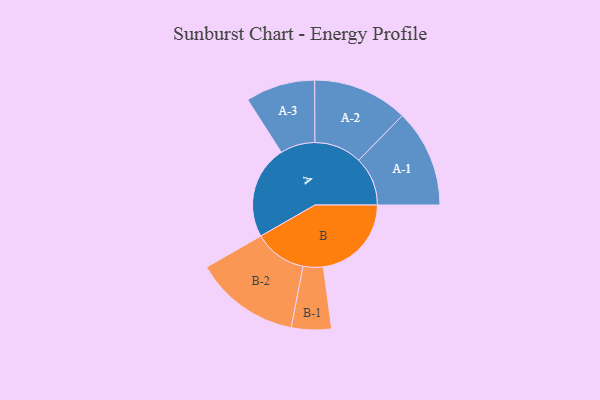
{"axis": {"x": "Segment", "y": "Value"}, "legend": ["", "A", "B"], "data": [{"x": "A", "y": 500, "type": ""}, {"x": "B", "y": 472, "type": ""}, {"x": "A-1", "y": 262, "type": "A"}, {"x": "A-2", "y": 255, "type": "A"}, {"x": "A-3", "y": 186, "type": "A"}, {"x": "B-1", "y": 107, "type": "B"}, {"x": "B-2", "y": 282, "type": "B"}]}